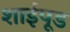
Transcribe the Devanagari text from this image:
शाईपूड